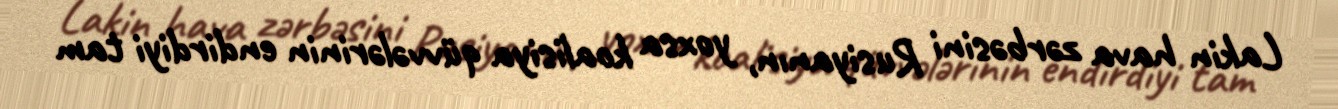
Lakin hava zərbəsini Rusiyanın, yoxsa koalisiya qüvvələrinin endirdiyi tam